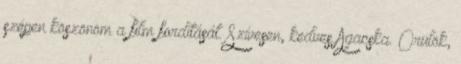
szépen köszönöm a film fordítását. Szívesen, kedves Agacska. Örülök,